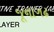
જૂનાગઢ